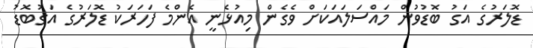
ޑޮލަރުގެ އަގު ބޮޑުވުން މައްސަލައަކަށް ވެގެން މިއުޅެނީ އެންމެ ފަހަރަކު ޑޮލަރުގެ އަގުބޮޑު